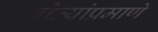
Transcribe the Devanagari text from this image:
नेत्यांप्रमाणे